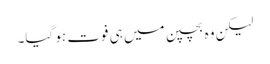
لیکن وہ بچپن میں ہی فوت ہو گیا۔